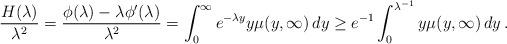
LaTeX: \begin{align*}\frac{H(\lambda)}{\lambda^2}=\frac{\phi(\lambda)-\lambda\phi'(\lambda)}{\lambda^2}=\int_0^\infty e^{-\lambda y}y\mu(y,\infty)\,dy\geq e^{-1}\int_0^{\lambda^{-1}}y\mu(y,\infty)\,dy\,.\end{align*}